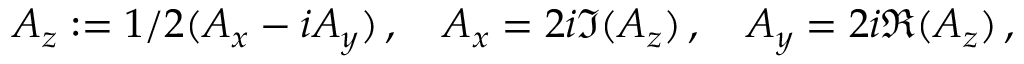
A _ { z } : = 1 / 2 ( A _ { x } - i A _ { y } ) \, , \quad A _ { x } = 2 i \Im ( A _ { z } ) \, , \quad A _ { y } = 2 i \Re ( A _ { z } ) \, ,